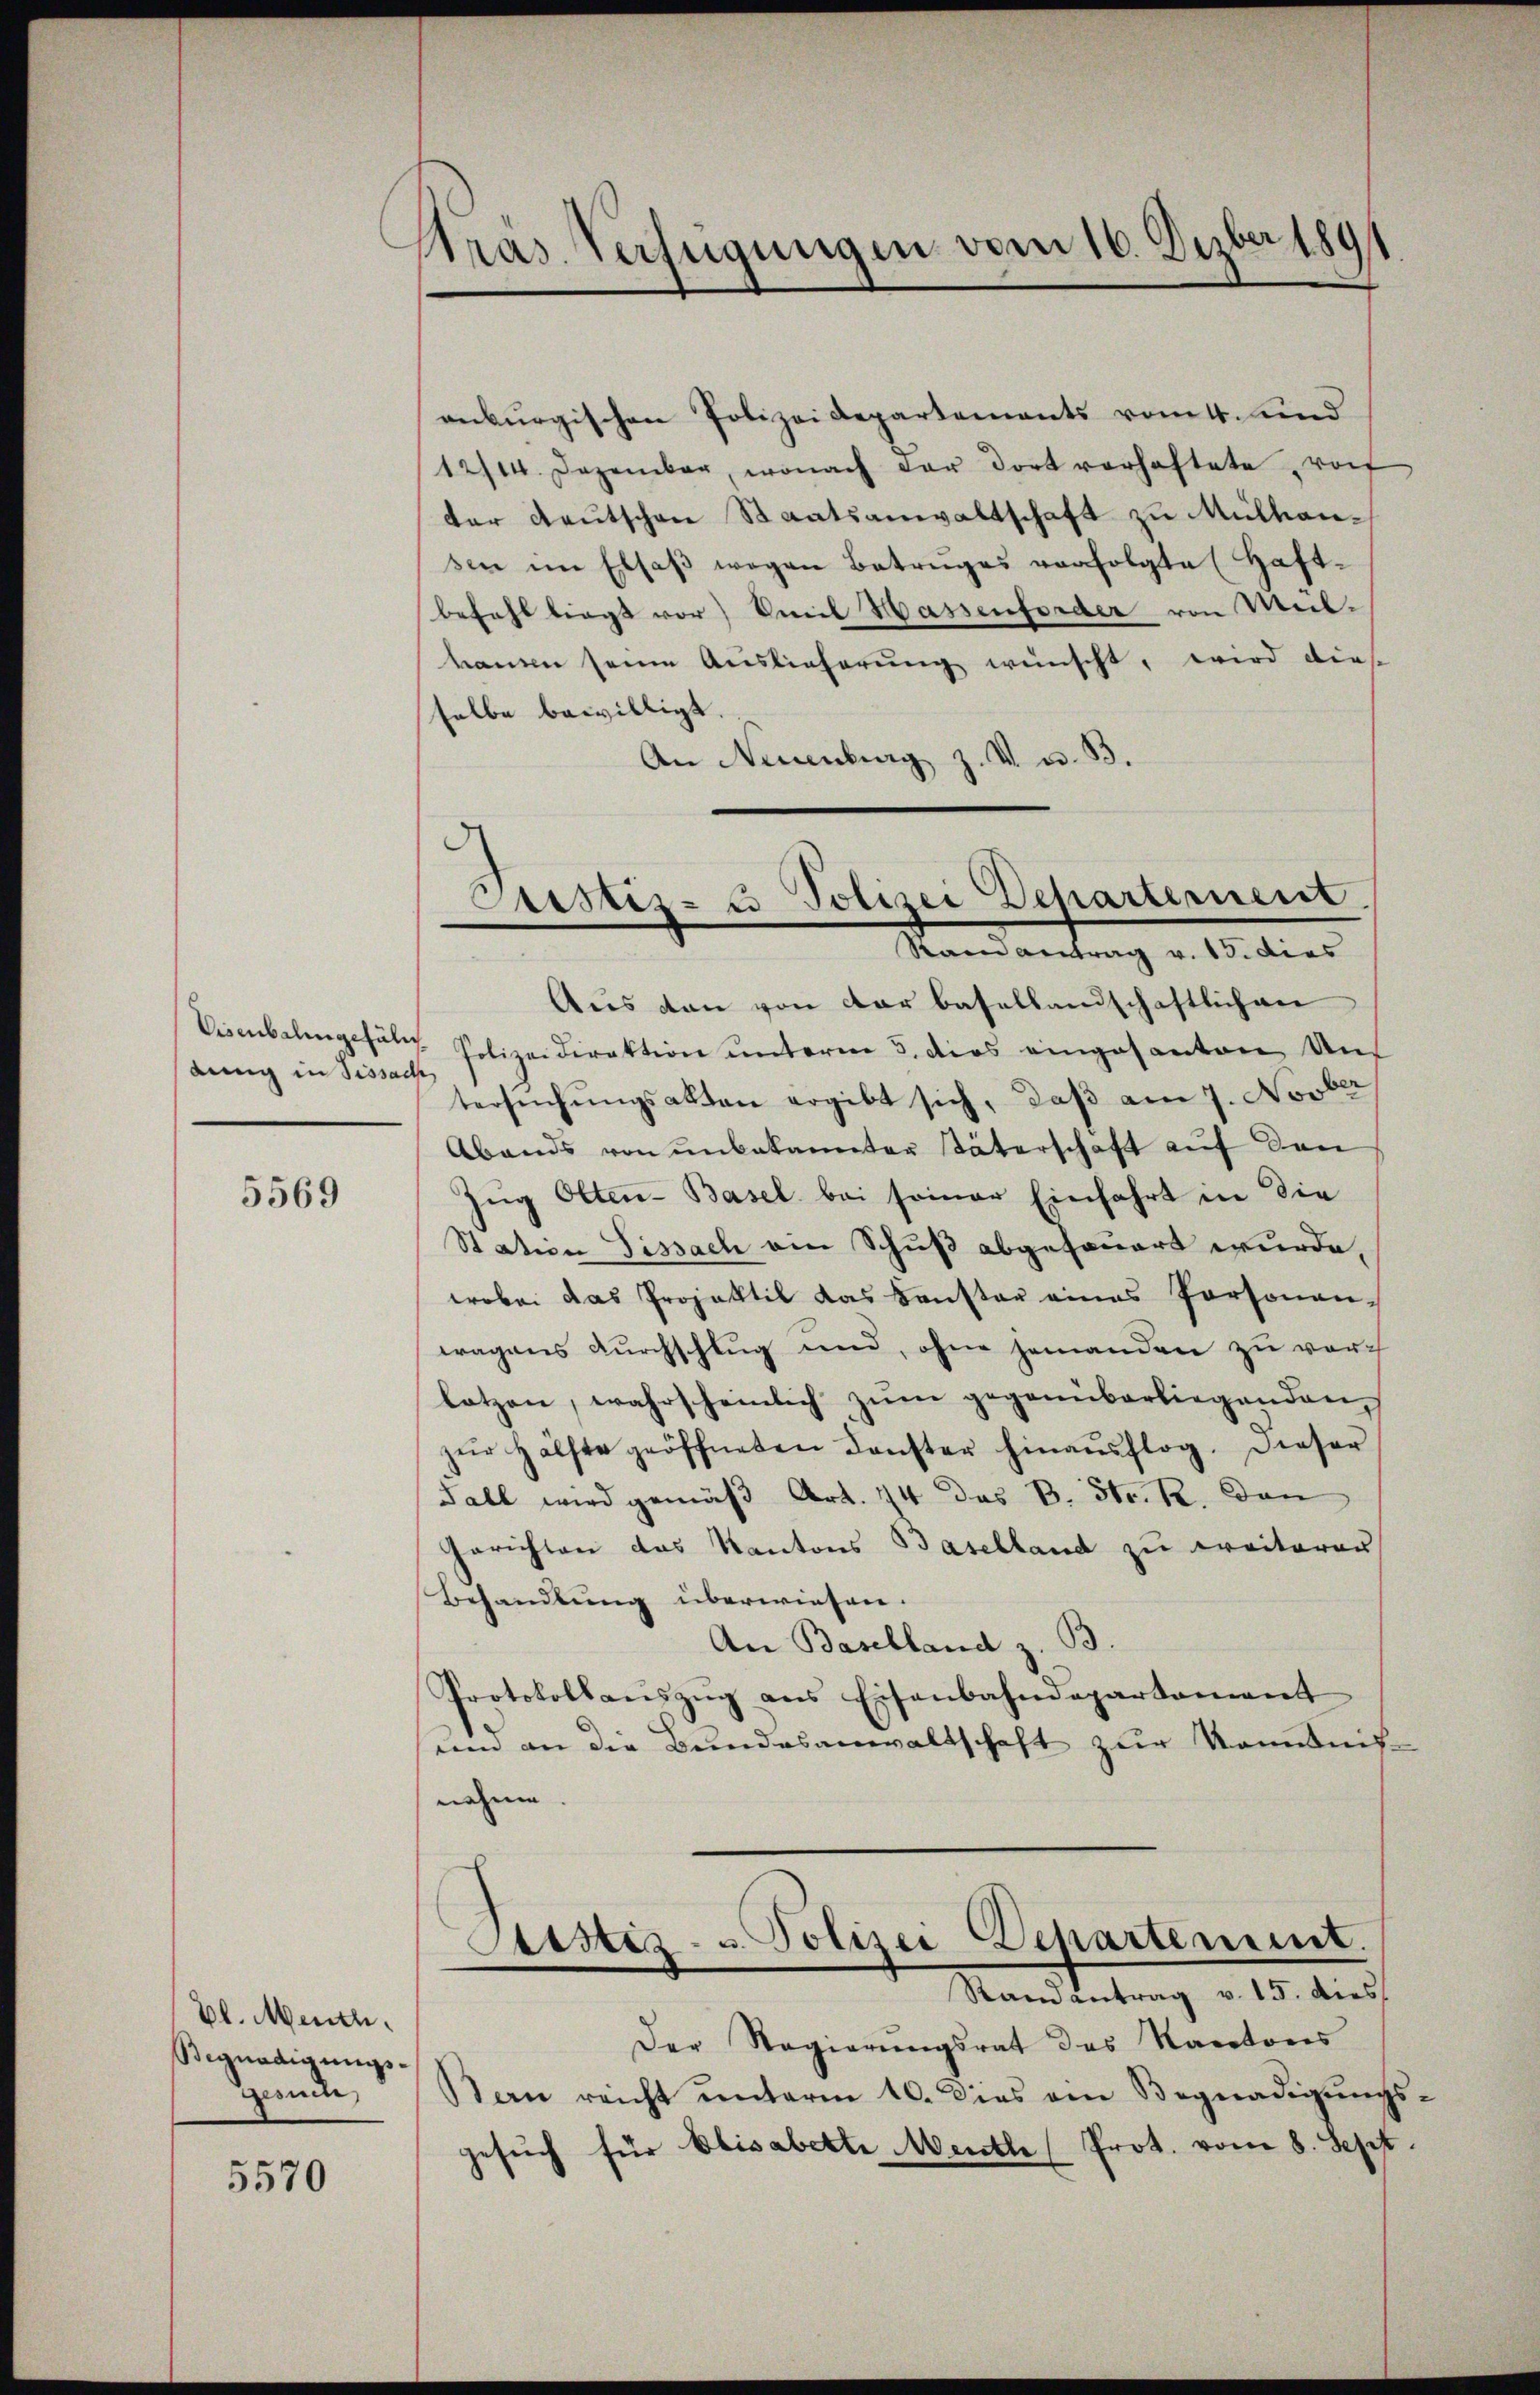
dung in Sissach

5569

El. Mech.
Begnadigungs-
Gesuch

5570

Pras Verfügungen vom 16. Dezber 1891

anburgischen Polizeidepartements vom 4. und
12/14. Dezember, wonach der dort verhaftete von
der Deutschen Staatsanwaltschaft zu Mülhausen im Elsaβ wegen Betruges verfolgte Haft-
befehl liegt vor) Emil Hassenforder von Meil-
kammen seine Auslieferung wünscht, wird dies
selbe bewilligt.
An Neuenburg z. V. u. B.
Aus den von der basellandschaftlichen
Visenbalingefähr Polizeidirektion ŭnterm 3. dies eingesanten Um-
tersuchungsakten ergibt sich, daß am 7. Novber
Abends von unbekannter Väterschaft auf den
Zug Olten-Basel bei seiner Einfahrt in die
Station Fissach ein Schuß abgesauert wurde,
wobei das Projektil das Fenster eines Personen-
wagens durchschlug und, ohne jemanden zu vorlotzen, wahrscheinlich zum gegenüberliegenden
zŭr Hälfte geöffneten denster hinaŭsflog. Dieser
Fall wird gemäß Art. 44 das B. Str. R. den
Gerichten das Kantons Baselland zu treiterer
Behandlung überwiesen.
An Baselland z. B.
Protokollaŭszŭg ans Eisenbahndepartament
um an die Bundesanwaltschaft zur Kenntnis-
nehme.
Stister- u. Polizei Departement.
Rand antrag v. 15. dies
Der Regierungsrat des Kantons
San reicht ŭnterm 10. dies ein Begnadigŭngs
gesŭch für Elisabette Menthe Prot. vom 8. Sept.

.
Custiz- u Polizei Departement
Ramantrag v. 13. Dies